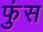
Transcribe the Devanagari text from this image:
फुंस